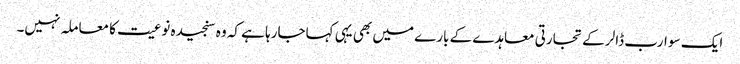
ایک سو ارب ڈالر کے تجارتی معاہدے کے بارے میں بھی یہی کہاجارہا ہے کہ وہ سنجیدہ نوعیت کا معاملہ نہیں۔